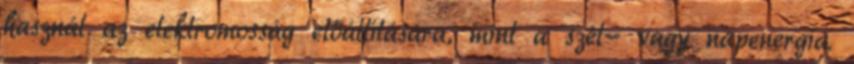
használ az elektromosság előállítására, mint a szél- vagy napenergia.